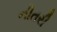
નીતરી